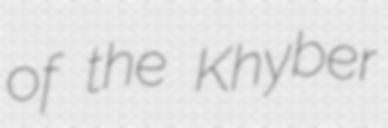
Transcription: of the Khyber